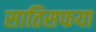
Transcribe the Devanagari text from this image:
सातिसफया